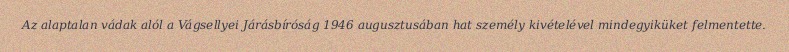
Az alaptalan vádak alól a Vágsellyei Járásbíróság 1946 augusztusában hat személy kivételével mindegyiküket felmentette.